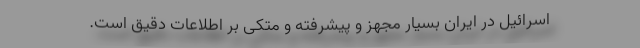
اسرائیل در ایران بسیار مجهز و پیشرفته و متکی بر اطلاعات دقیق است.